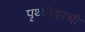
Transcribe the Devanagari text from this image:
पृथ्वीवरची